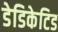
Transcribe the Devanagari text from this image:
डेडिकेटिड